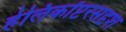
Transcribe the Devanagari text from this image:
हेलिकॉप्टरसदृश